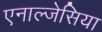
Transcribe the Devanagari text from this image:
एनाल्जेसिया